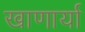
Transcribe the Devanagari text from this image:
खाणार्या